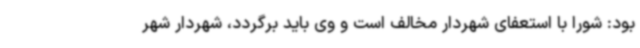
بود: شورا با استعفای شهردار مخالف است و وی باید برگردد، شهردار شهر